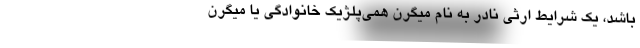
باشد، یک شرایط ارثی نادر به نام میگرن همی‌پلژیک خانوادگی یا میگرن